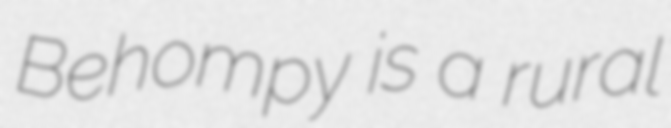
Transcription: Behompy is a rural